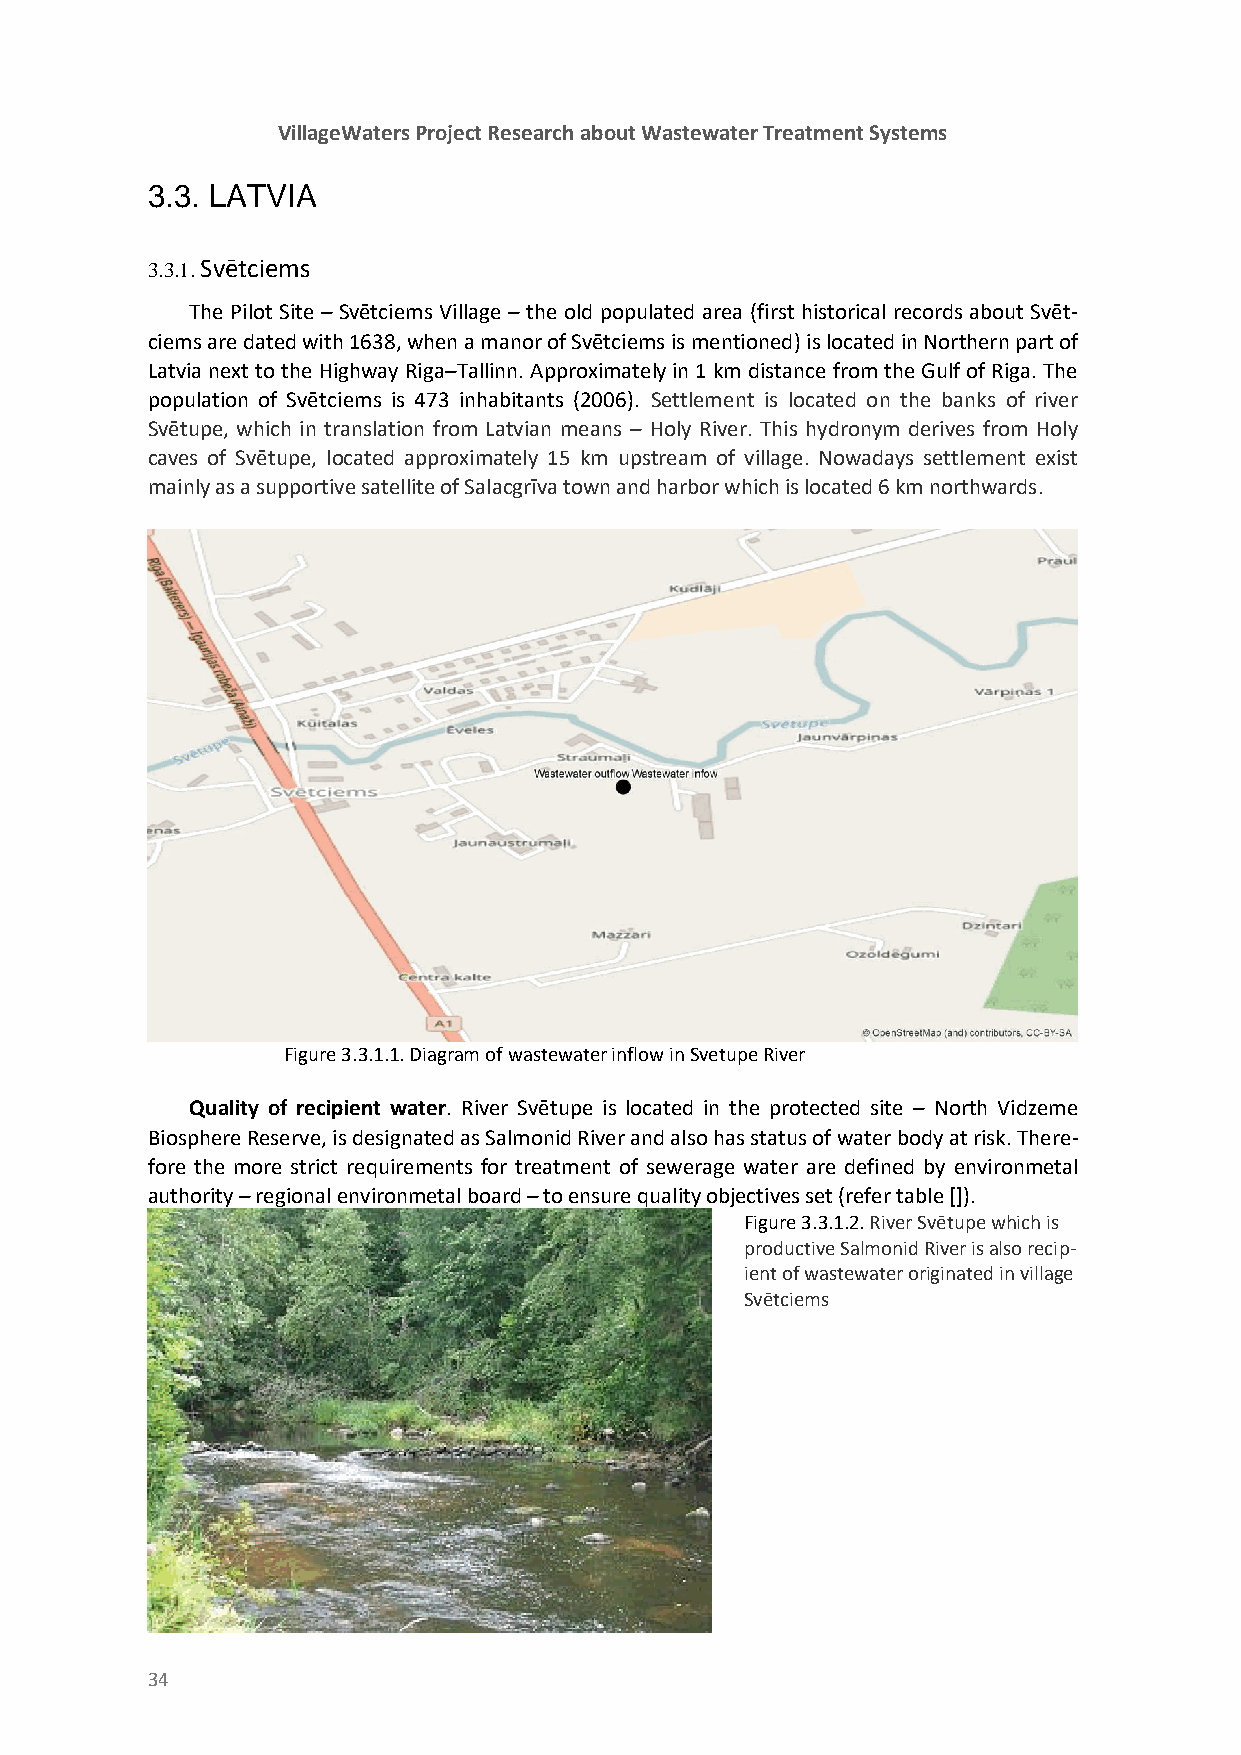
VillageWaters Project Research about Wastewater Treatment Systems
 3.3. LATVIA
 3.3.1. Svētciems
 The Pilot Site – Svētciems Village – the old populated area (first historical records about Svēt-
 ciems are dated with 1638, when a manor of Svētciems is mentioned) is located in Northern part of
 Latvia next to the Highway Riga–Tallinn. Approximately in 1 km distance from the Gulf of Riga. The
 population of Svētciems is 473 inhabitants (2006). Settlement is located on the banks of river
 Svētupe, which in translation from Latvian means – Holy River. This hydronym derives from Holy
 caves of Svētupe, located approximately 15 km upstream of village. Nowadays settlement exist
 mainly as a supportive satellite of Salacgrīva town and harbor which is located 6 km northwards.
 Figure 3.3.1.1. Diagram of wastewater inflow in Svetupe River
 Quality of recipient water. River Svētupe is located in the protected site – North Vidzeme
 Biosphere Reserve, is designated as Salmonid River and also has status of water body at risk. There-
 fore the more strict requirements for treatment of sewerage water are defined by environmetal
 authority – regional environmetal board – to ensure quality objectives set (refer table []).
 Figure 3.3.1.2. River Svētupe which is
 productive Salmonid River is also recip-
 ient of wastewater originated in village
 Svētciems
 34